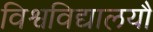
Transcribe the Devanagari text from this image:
विश्वविद्यालयौं